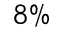
8 \%